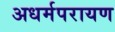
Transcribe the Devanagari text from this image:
अधर्मपरायण